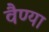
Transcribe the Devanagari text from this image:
वैण्या